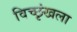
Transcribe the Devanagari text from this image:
विच्छृंखला